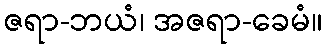
ဇရာ-ဘယံ၊ အဇရာ-ခေမံ။